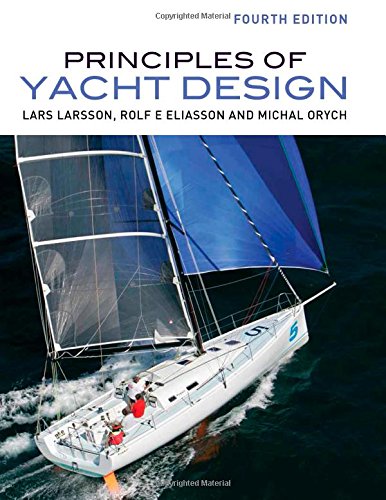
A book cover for Principles of Yacht Design; Lars Larsson; Engineering & Transportation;